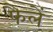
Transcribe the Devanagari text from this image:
फैलें